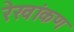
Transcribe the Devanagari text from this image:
रेखांकण